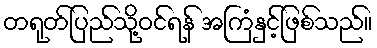
တရုတ်ပြည်သို့ဝင်ရန် အကြံနှင့်ဖြစ်သည်။